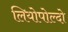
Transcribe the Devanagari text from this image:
लियोपोल्दो